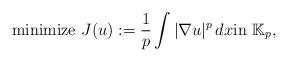
LaTeX: \begin{align*}\textrm{minimize}\,\,J(u):=\frac{1}{p}\displaystyle\int|\nabla u|^p\,dx\textrm{in} \ \mathbb{K}_p,\end{align*}